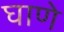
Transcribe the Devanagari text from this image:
घाणे